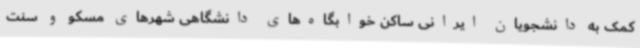
کمک به دانشجویان ایرانی ساکن خوابگاه‌های دانشگاهی شهرهای مسکو و سنت